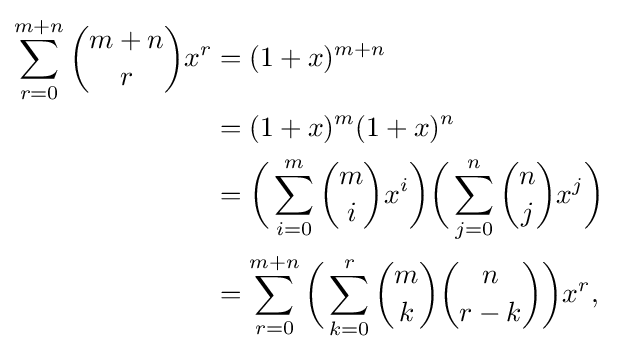
{\begin{aligned}\sum _{r=0}^{m+n}{m+n \choose r}x^{r}&=(1+x)^{m+n}\\&=(1+x)^{m}(1+x)^{n}\\&={\biggl (}\sum _{i=0}^{m}{m \choose i}x^{i}{\biggr )}{\biggl (}\sum _{j=0}^{n}{n \choose j}x^{j}{\biggr )}\\&=\sum _{r=0}^{m+n}{\biggl (}\sum _{k=0}^{r}{m \choose k}{n \choose r-k}{\biggr )}x^{r},\end{aligned}}